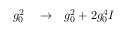
\begin{array} { r l r } { g _ { 0 } ^ { 2 } } & { { } \to } & { g _ { 0 } ^ { 2 } + 2 g _ { 0 } ^ { 4 } I } \end{array}